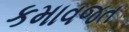
કમાવજત